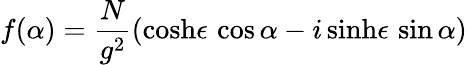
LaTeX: f(\alpha)=\frac{N}{g^{2}}(\cosh\! \epsilon\, \cos\alpha-i\sinh\! \epsilon\, \sin\alpha)